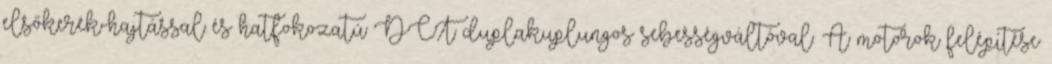
elsőkerék-hajtással és hatfokozatú DCT duplakuplungos sebességváltóval. A motorok felépítése